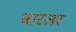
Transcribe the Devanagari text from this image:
बारजर